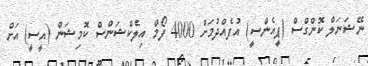
ނޭޝަނަލް ކޮންގްސް (ޕީއެންސީ) އުފެއްދުމަށް 4000 ފޯމް އިލެކްޝަންސް ކޮމިޝަން (އީސީ) އަށް